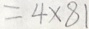
= 4 \times 8 1